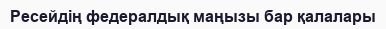
Ресейдің федералдық маңызы бар қалалары